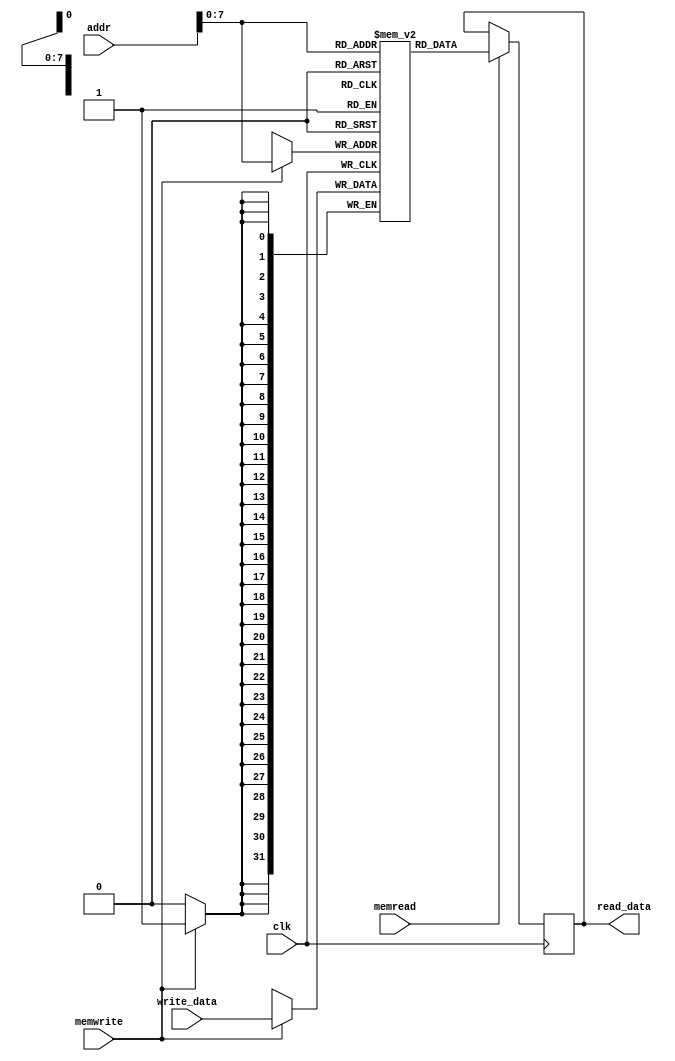
module dataMemory (addr, write_data,
                   memwrite, memread,
                   clk, read_data);
  input wire [31:0] addr;          // Memory Address
  input wire [31:0] write_data;    // Memory Address Contents
  input wire memwrite;
  input wire memread;
  input wire clk;                  // All synchronous elements, including memories, should have a clock signal
  output reg [31:0] read_data;      // Output of Memory Address Contents

  reg [31:0] MEMO[0:255];  // 256 words of 32-bit memory

  integer i;

  initial begin
    read_data <= 0;
    for (i = 0; i < 256; i = i + 1) begin
      MEMO[i] = i;
    end
  end

  always @(posedge clk) begin
    if (memwrite == 1'b1) begin
      MEMO[addr] <= write_data;
    end
    // Use memread to indicate a valid address is on the line and read the memory into a register at that address when memread is asserted
    if (memread == 1'b1) begin
      read_data <= MEMO[addr];
    end
  end

endmodule